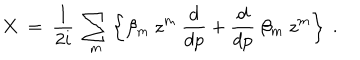
X \ = \ { \frac { 1 } { 2 i } } \ \sum _ { m } \left\{ \beta _ { m } \ z ^ { m } \ { \frac { d } { d p } } + { \frac { d } { d p } } \ \beta _ { m } \ z ^ { m } \right\} \ .